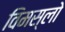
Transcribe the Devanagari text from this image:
विमस्लो